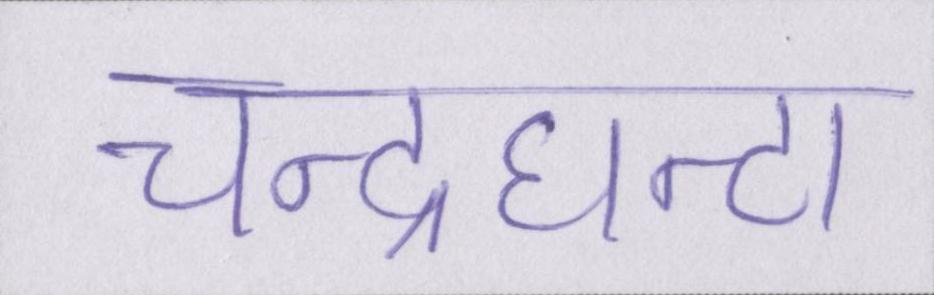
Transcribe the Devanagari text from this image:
चन्द्रघन्टा